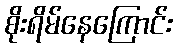
စိုးရိမ်နေကြောင်း